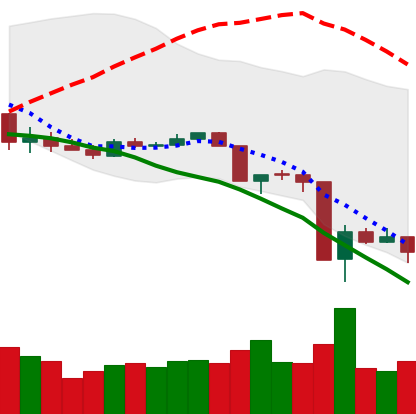
Ticker: XLM-USD
Chart end date: 2020-03-16
Forward return: 12.67%
Label: up_7plus